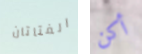
الفتاتان أكن